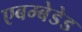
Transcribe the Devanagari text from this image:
एबम्बेडेड